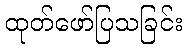
ထုတ်ဖော်ပြသခြင်း